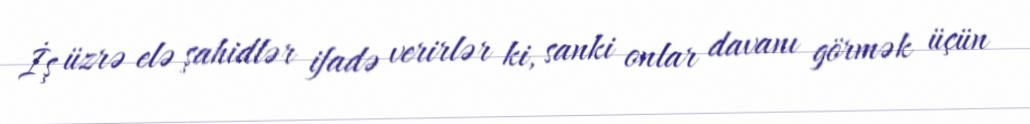
İş üzrə elə şahidlər ifadə verirlər ki, sanki onlar davanı görmək üçün